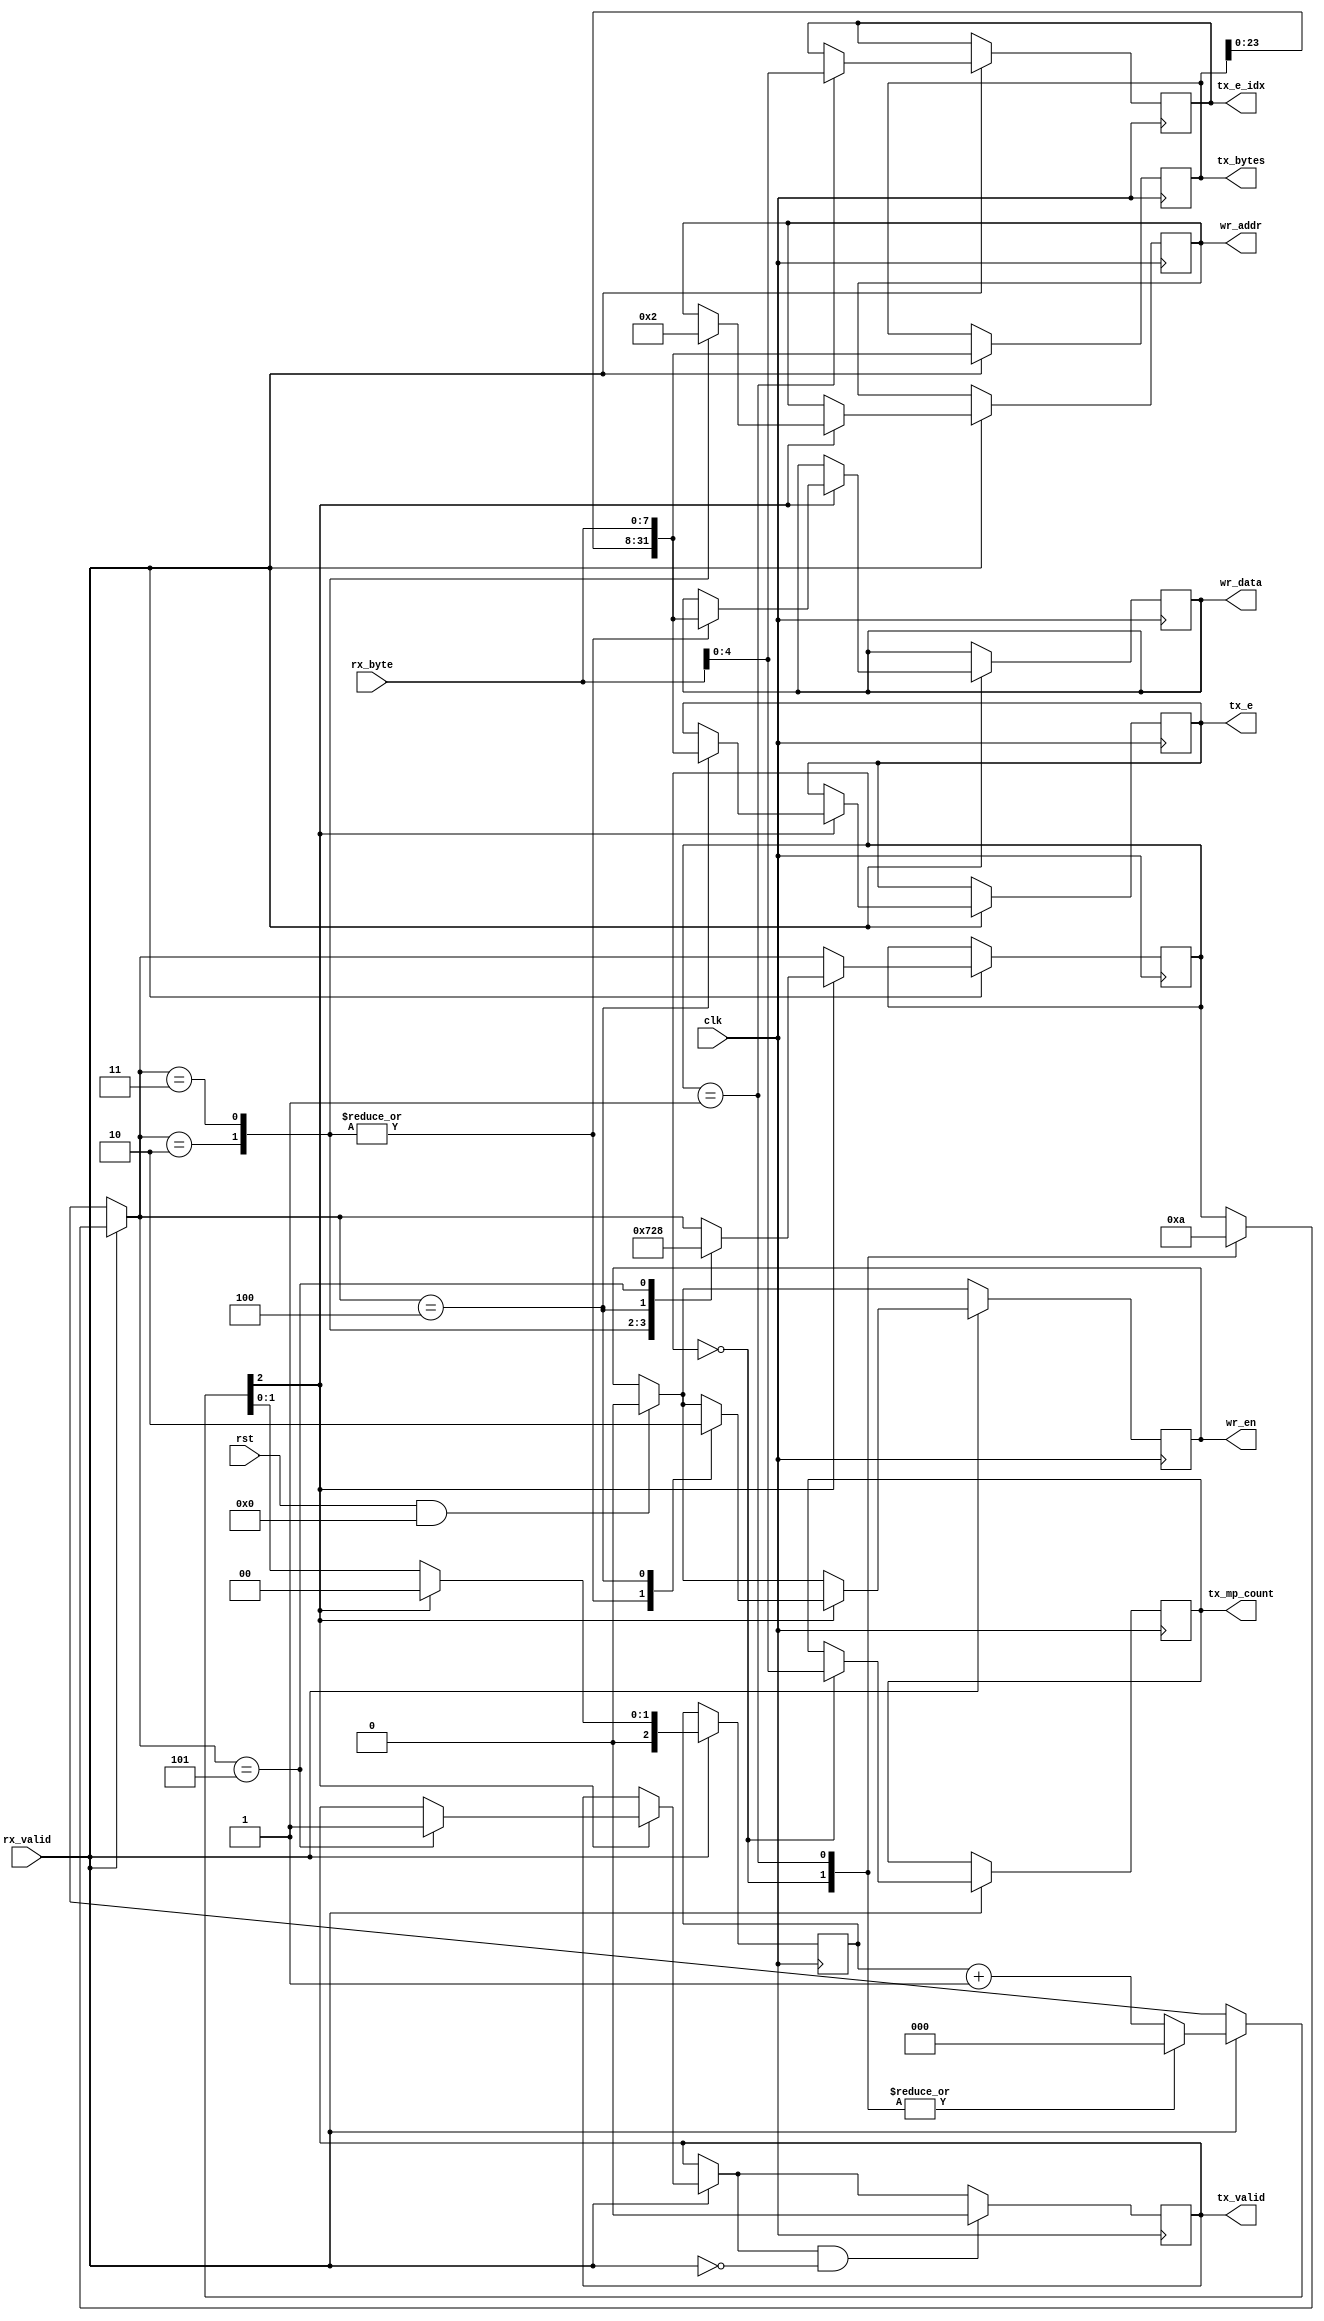
`default_nettype none
module serial_to_parallel (
  clk,
  rst,
  rx_valid,
  rx_byte,
  tx_e_idx,
  tx_mp_count,
  tx_e,
  tx_bytes,
  tx_valid,
  wr_addr,
  wr_data,
  wr_en
  );
  parameter N = 32;
  parameter Ndiv4log2 = 3;
  parameter Nlog2 = 5;
  parameter ABITS = 8, DBITS = 32;


  // MAKE SURE ARGS ARE PASSED IN THIS ORDER!!!!!!!
  parameter RX_MP_COUNT = 0;
  parameter RX_E_IDX = 1;
  parameter RX_XBAR = 2;
  parameter RX_MBAR = 3;
  parameter RX_E = 4;
  parameter RX_N = 5;


  // IO
  input clk;
  input rst;
  input rx_valid;
  input [7:0] rx_byte;
  output reg [Nlog2-1:0] tx_e_idx;
  output reg [Nlog2-1:0] tx_mp_count;
  output reg [N-1:0] tx_e;
  output reg [N-1:0] tx_bytes = 0; // tx_n
  output reg tx_valid;
  output reg [DBITS-1:0] wr_data;
  output reg [ABITS-1:0] wr_addr;
  output reg wr_en;

  reg [2:0] state;
  initial state = RX_MP_COUNT;

  initial tx_valid = 1'b0;
  // internal wires
  reg[Ndiv4log2-1:0] count;
  initial count = 0;
  wire [N-1:0] shifted;
  wire [N-1:0] ored;
  // can always do this calculation
  // if it is valid then assign it to the register

  always @(posedge clk) begin
    if (rst && 0) begin
      state <= RX_MP_COUNT;
      tx_bytes <= {N{1'b0}};
      tx_valid <= 0;
      count <= 0;
      wr_en <= 0;
    end
    //$display("rd_valid: %x", rx_valid);
    if (rx_valid) begin
      //$display("rx_byte: %x", rx_byte);
      // $display("shifted: %x", shifted);
      //$display("ored: %x", ored);
      // $display("tx_bytes: %x", tx_bytes);
      tx_bytes = {tx_bytes[N-8:0], rx_byte};
      // $display("tx_bytes: %x", tx_bytes);
      // $display("tx_bytes: %x", tx_bytes);
      // $display("tx_valid: %x", tx_valid);
      count = count + 1'b1;
      //$display("count: %x", count);
      //$display("count: %b", count);
      //$display("count: %b", count[Ndiv4log2-1]);
      case (state)
        RX_MP_COUNT: begin
          $display("RX_MP_COUNT");
          tx_mp_count = rx_byte;
          state = RX_E_IDX;
          count = 0;
        end
        RX_E_IDX: begin
          $display("RX_E_IDX");
          tx_e_idx = rx_byte;
          state = RX_XBAR;
          count = 0;
        end
      endcase


      // $display("addr 0 should be %x", wr_data);
      if (count[Ndiv4log2-1]) begin
        count = 0;
        case (state)
          RX_XBAR: begin
            $display("RX_XBAR");
            wr_en <= 1;
            wr_addr <= 0;
            wr_data <= tx_bytes;
            // $display("addr 0 should be %x", tx_bytes);
            // $display("addr 0 should be %x", wr_data);
            state <= RX_MBAR;
          end
          RX_MBAR: begin
            $display("RX_MBAR");
            wr_en <= 1;
            wr_addr <= 2;
            wr_data <= tx_bytes;
            state <= RX_E;
          end
          RX_E: begin
            $display("RX_E");
            wr_en <= 0;
            tx_e <= tx_bytes;
            state <= RX_N;
          end

          RX_N: begin
            $display("%0x", tx_bytes);
            tx_valid = 1'b1;
            state <= RX_MP_COUNT;
          end
        endcase


      end
    end
    if (tx_valid & ~rx_valid) begin
      tx_valid <= 1'b0;
    end
    // $display("tx_bytes: %x", tx_bytes);
    // $display("tx_valid: %x", tx_valid);
  end

endmodule //